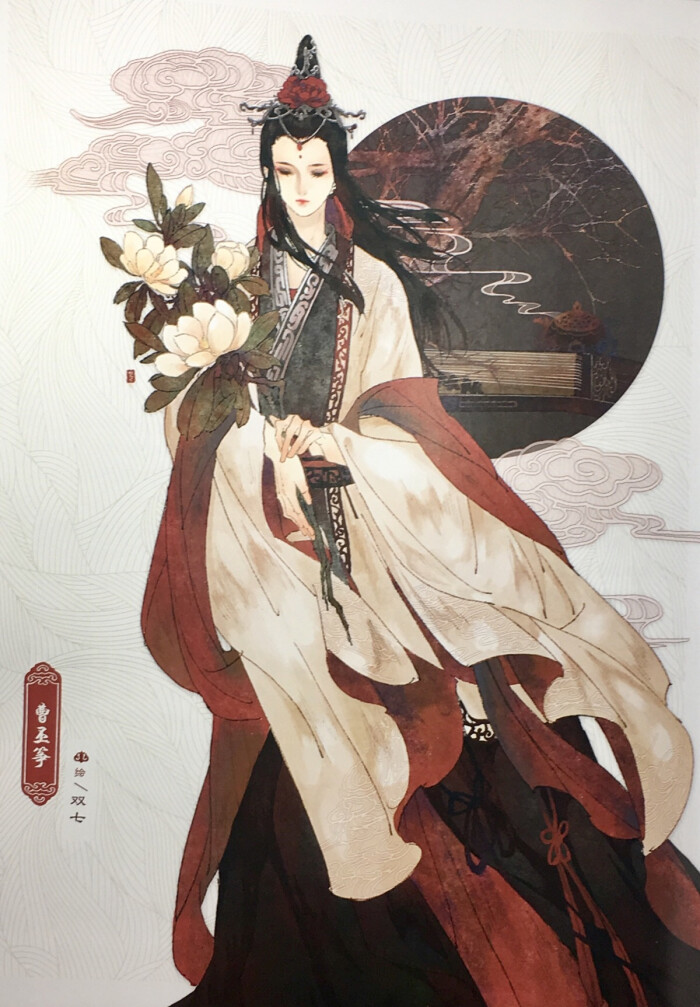
东山老，可堪岁晚，独听桓筝。